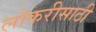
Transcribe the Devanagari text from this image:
लोकरीसाठी